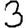
Digit: 3